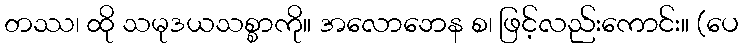
တဿ၊ ထို သမုဒယသစ္စာကို။ အလောဘေန စ၊ ဖြင့်လည်းကောင်း။ (ပေ